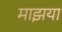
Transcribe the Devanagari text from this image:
माझया